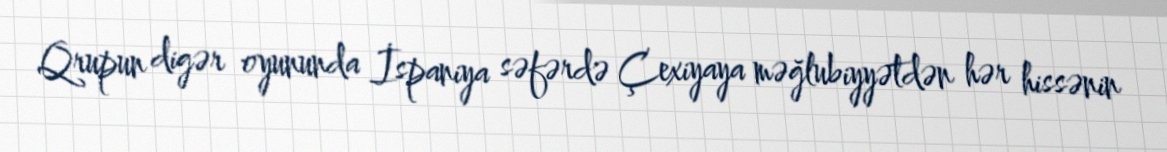
Qrupun digər oyununda İspaniya səfərdə Çexiyaya məğlubiyyətdən hər hissənin